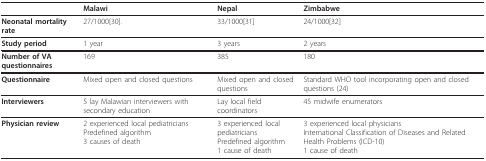
<table><thead><tr><td></td><td><b>Malawi</b></td><td><b>Nepal</b></td><td><b>Zimbabwe</b></td></tr></thead><tbody><tr><td><b>Neonatal mortality rate</b></td><td>27/1000[30].</td><td>33/1000[31]</td><td>24/1000[32]</td></tr><tr><td><b>Study period</b></td><td>1 year</td><td>3 years</td><td>2 years</td></tr><tr><td><b>Number of VA questionnaires</b></td><td>169</td><td>385</td><td>180</td></tr><tr><td><b>Questionnaire</b></td><td>Mixed open and closed questions</td><td>Mixed open and closed questions</td><td>Standard WHO tool incorporating open and closed questions (24)</td></tr><tr><td><b>Interviewers</b></td><td>5 lay Malawian interviewers with secondary education</td><td>Lay local field coordinators</td><td>45 midwife enumerators</td></tr><tr><td><b>Physician review</b></td><td>2 experienced local pediatriciansPredefined algorithm3 causes of death</td><td>3 experienced local pediatriciansPredefined algorithm1 cause of death</td><td>3 experienced local physiciansInternational Classification of Diseases and Related Health Problems (ICD-10)1 cause of death</td></tr></tbody></table>